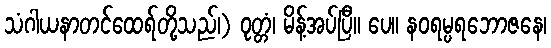
သံဂါယနာတင်ထေရ်တို့သည်၊) ဝုတ္တံ၊ မိန့်အပ်ပြီ။ ပေ။ နဝရမ္ပရဘောဇနေ၊